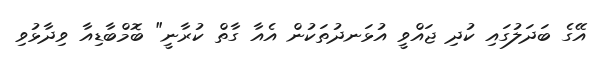
އޭގެ ބަދަލުގައި ކުދި ޖައްވީ އުޅަނދުތަކުން އެއާ ގާތް ކުރާނީ" ބޮމްބާޑިއާ ވިދާޅުވި